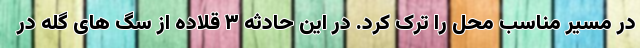
در مسیر مناسب محل را ترک کرد. در این حادثه ۳ قلاده از سگ های گله در